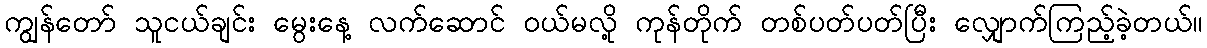
ကျွန်တော် သူငယ်ချင်း မွေးနေ့ လက်ဆောင် ဝယ်မလို့ ကုန်တိုက် တစ်ပတ်ပတ်ပြီး လျှောက်ကြည့်ခဲ့တယ်။